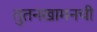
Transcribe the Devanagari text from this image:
तुतनखामनची